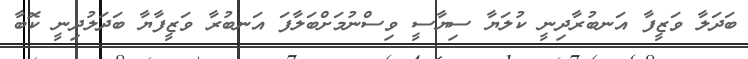
ބަދަލާ ވަޒީފާ އަނބުރާދިނީ ކުލަޔާ ސިޔާސީ ވިސްނުމަށްބަލާފަ އަނބުރާ ވަޒީފާޔާ ބަދަލުދިނީ ކޮބާ